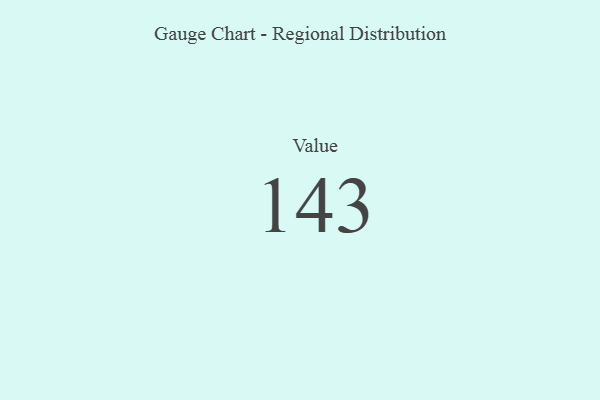
{"axis": {"x": "Metric", "y": "Value"}, "legend": [""], "data": [{"x": "Value", "y": 143, "type": ""}]}